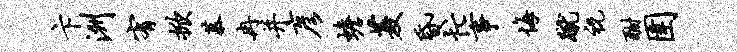
卞洲宥掀慕冉并彦蟾菱昏忙事悔蹴祝酣圉